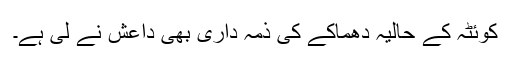
کوئٹہ کے حالیہ دھماکے کی ذمہ داری بھی داعش نے لی ہے۔